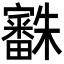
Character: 𣠒